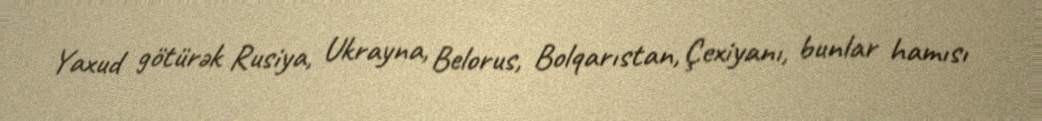
Yaxud götürək Rusiya, Ukrayna, Belorus, Bolqarıstan, Çexiyanı, bunlar hamısı